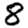
Digit: 8